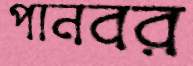
পানবর